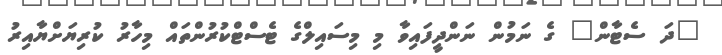
"ދަ ސެޓާން" ގެ ނަމުން ނަންދީފައިވާ މި މިސައިލްގެ ޓެސްޓްކުރުންތައް މިހާރު ކުރިޔަށްޔާއިރު